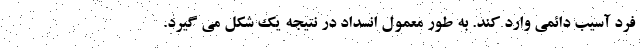
فرد آسیب دائمی وارد کند. به طور معمول انسداد در نتیجه یک شکل می گیرد.